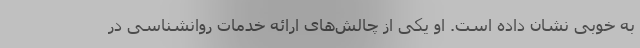
به خوبی نشان داده است. او یکی از چالش‌های ارائه خدمات روانشناسی در